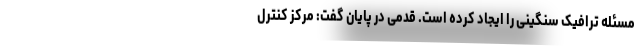
مسئله ترافیک سنگینی را ایجاد کرده است. قدمی در پایان گفت: مرکز کنترل